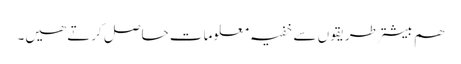
ھم بیشتر طریقوں ‎سے خفیہ معلومات حاصل کرتے ھیں۔